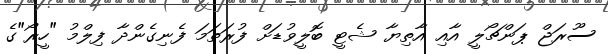
ސޫރަޖް ޕަންޗޯލީ އާއި އާތިޔާ ޝެޓީ ބޮލީވުޑަށް ފުރަތަމަ ފެނިގެންދާ ފިލްމު "ހީރޯ"ގެ